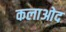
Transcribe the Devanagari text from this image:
कलाओद